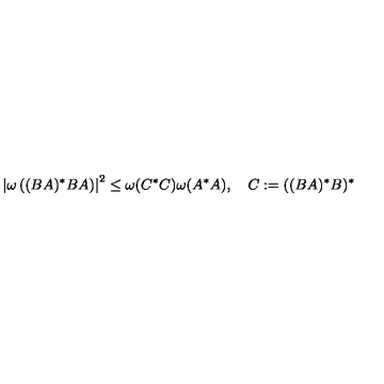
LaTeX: \left| \omega \left( ( B A ) ^ { * } B A \right) \right| ^ { 2 } \leq \omega ( C ^ { * } C ) \omega ( A ^ { * } A ) , \quad C : = ( ( B A ) ^ { * } B ) ^ { * }